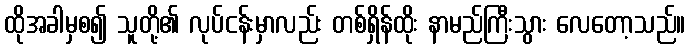
ထိုအခါမှစ၍ သူတို့၏ လုပ်ငန်းမှာလည်း တစ်ရှိန်ထိုး နာမည်ကြီးသွား လေတော့သည်။